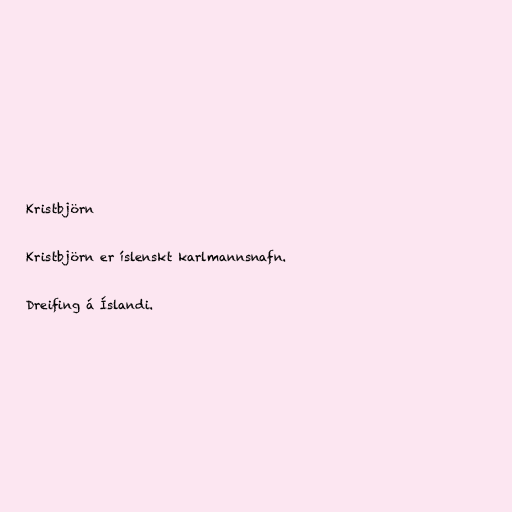
Kristbjörn

Kristbjörn er íslenskt karlmannsnafn.

Dreifing á Íslandi.